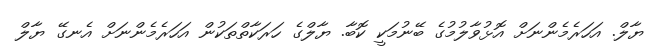
ޔާލް. އަހަރެމެންނަށް އޮޅުވާލުމުގެ ބޭނުމަކީ ކޮބާ. ޔާލްގެ ހަރަކާތްތަކުން އަހަރެމެންނަށް އެނގޭ ޔާލް